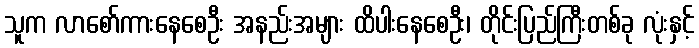
သူက လာစော်ကားနေစေဦး အနည်းအများ ထိပါးနေစေဦး၊ တိုင်းပြည်ကြီးတစ်ခု လုံးနှင့်